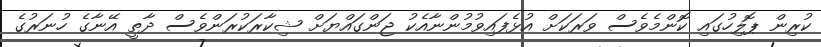
ކުރިން ޕޮލިހުގައި ކޮންމެވެސް ވަރަކަށް އުޅެފައިވުމުންނާއެކު ޖަންގައްޔަށް ޝިކާރަކުރަންވެސް ދާތީ އޭނާގެ ހުނަރުގެ